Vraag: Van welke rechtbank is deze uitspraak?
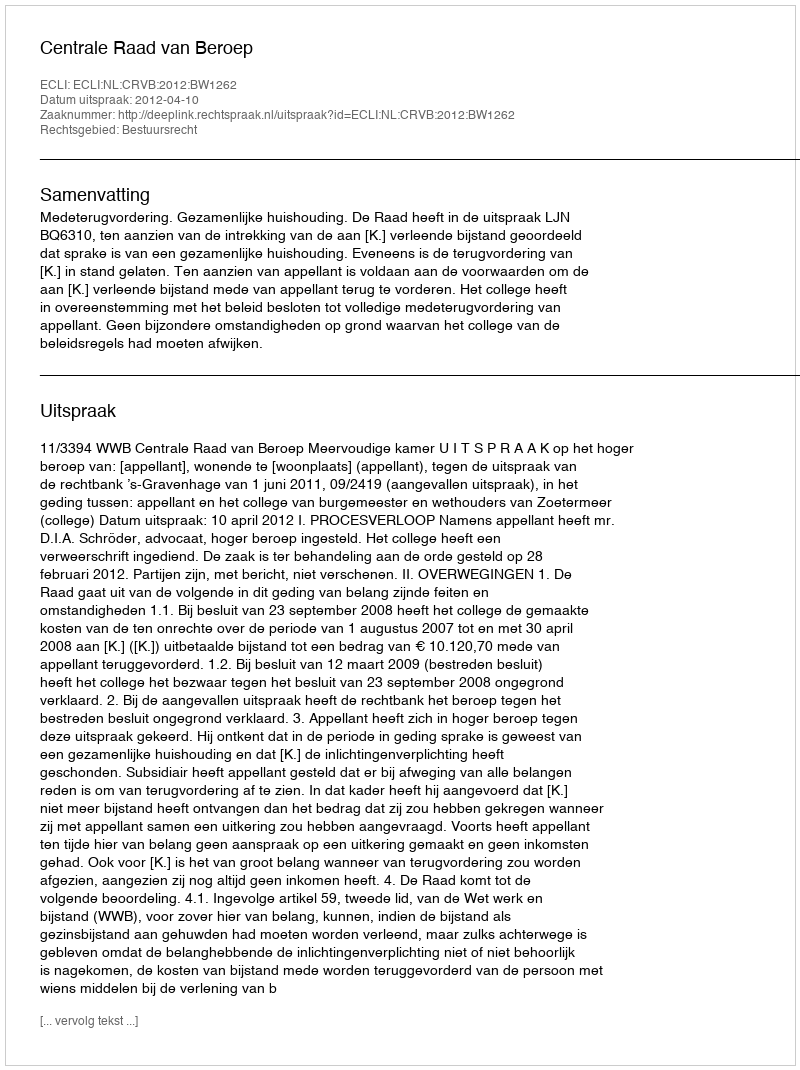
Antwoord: Centrale Raad van Beroep